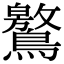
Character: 鸄